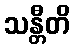
သန္တီတိ